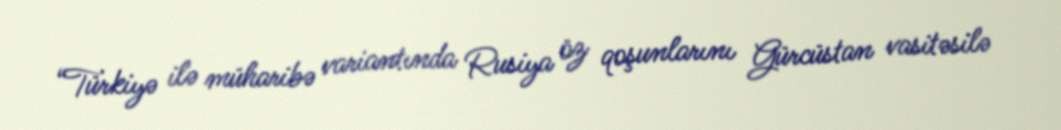
“Türkiyə ilə müharibə variantında Rusiya öz qoşunlarını Gürcüstan vasitəsilə